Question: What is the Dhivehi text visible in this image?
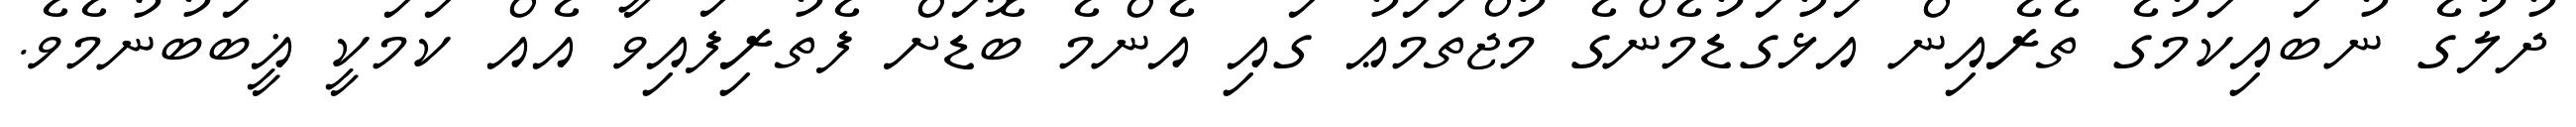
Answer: ދުލުގެ ނުބައިކަމުގެ ތެރެއިން އަޅުގަޑުމެންގެ މުޖްތަމަޢު ގައި އެންމެ ބޮޑަށް ފެތުރިފައިވާ އެއް ކަމަކީ ޣީބަބުނުމެވެ.